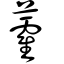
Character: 藿